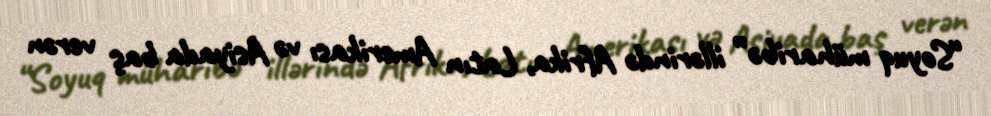
“Soyuq müharibə” illərində Afrika, Latın Amerikası və Asiyada baş verən